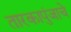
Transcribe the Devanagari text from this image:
तारकापुंजाचे